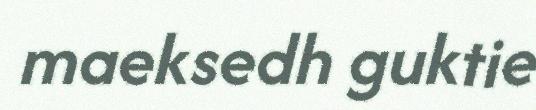
maeksedh guktie